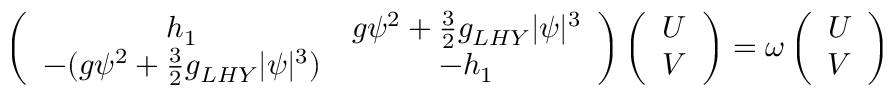
\begin{array} { r } { \left( \begin{array} { c c c c } { h _ { 1 } } & { g \psi ^ { 2 } + \frac { 3 } { 2 } g _ { L H Y } | \psi | ^ { 3 } } \\ { - ( g \psi ^ { 2 } + \frac { 3 } { 2 } g _ { L H Y } | \psi | ^ { 3 } ) } & { - h _ { 1 } } \end{array} \right) \left( \begin{array} { c } { U } \\ { V } \end{array} \right) = \omega \left( \begin{array} { c } { U } \\ { V } \end{array} \right) } \end{array}